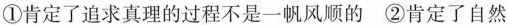
①肯定了追求真理的过程不是一帆风顺的 ②肯定了自然